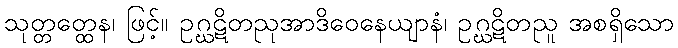
သုတ္တတ္ထေန၊ ဖြင့်။ ဥဂ္ဃဋိတညုအာဒိဝေနေယျာနံ၊ ဥဂ္ဃဋိတညူ အစရှိသော